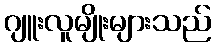
ဂျူးလူမျိုးများသည်